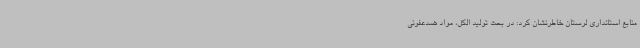
منابع استانداری لرستان خاطرنشان کرد: در بحث تولید الکل، مواد ضدعفونی